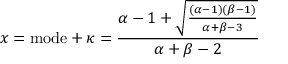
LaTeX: x = { \mathrm { m o d e } } + \kappa = { \frac { \alpha - 1 + { \sqrt { \frac { ( \alpha - 1 ) ( \beta - 1 ) } { \alpha + \beta - 3 } } } } { \alpha + \beta - 2 } }